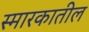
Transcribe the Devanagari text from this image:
स्मारकातील